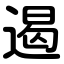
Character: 遏